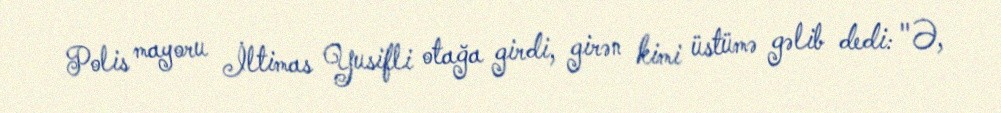
Polis mayoru İltimas Yusifli otağa girdi, girən kimi üstümə gəlib dedi: "Ə,